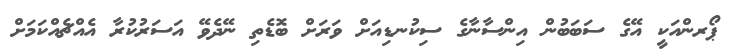
ޕޯރންއަކީ އޭގެ ސަބަބުން އިންސާނާގެ ސިކުނޑިއަށް ވަރަށް ބޮޑެތި ނޭދެވޭ އަސަރުކުރާ އެއްޗެއްކަމަށް